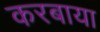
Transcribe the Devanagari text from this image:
करबाया